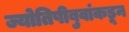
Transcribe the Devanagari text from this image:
ज्योतिषीबुवांकडून